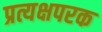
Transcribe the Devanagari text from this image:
प्रत्यक्षपरक